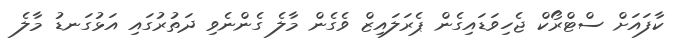
ކާފައަށް ސްޓްރޯކް ޖެހިވަޑައިގެން ޕެރަލައިޒް ވެގެން މާލެ ގެންނެވި ދަތުރުގައި އަޅުގަނޑު މާލެ